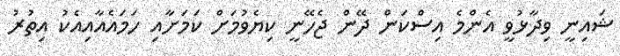
ޝައިނީ ވިދާޅުވީ އެންމެ އިސްކަން ދޭން ޖެހޭނީ ކިޔެވުމަށް ކަމަށާއި ހަމައެއާއިއެކު އިތުރު